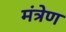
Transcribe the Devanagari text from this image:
मंत्रेण